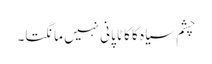
چشم سیاہ کا کاٹا پانی نہیں مانگتا۔